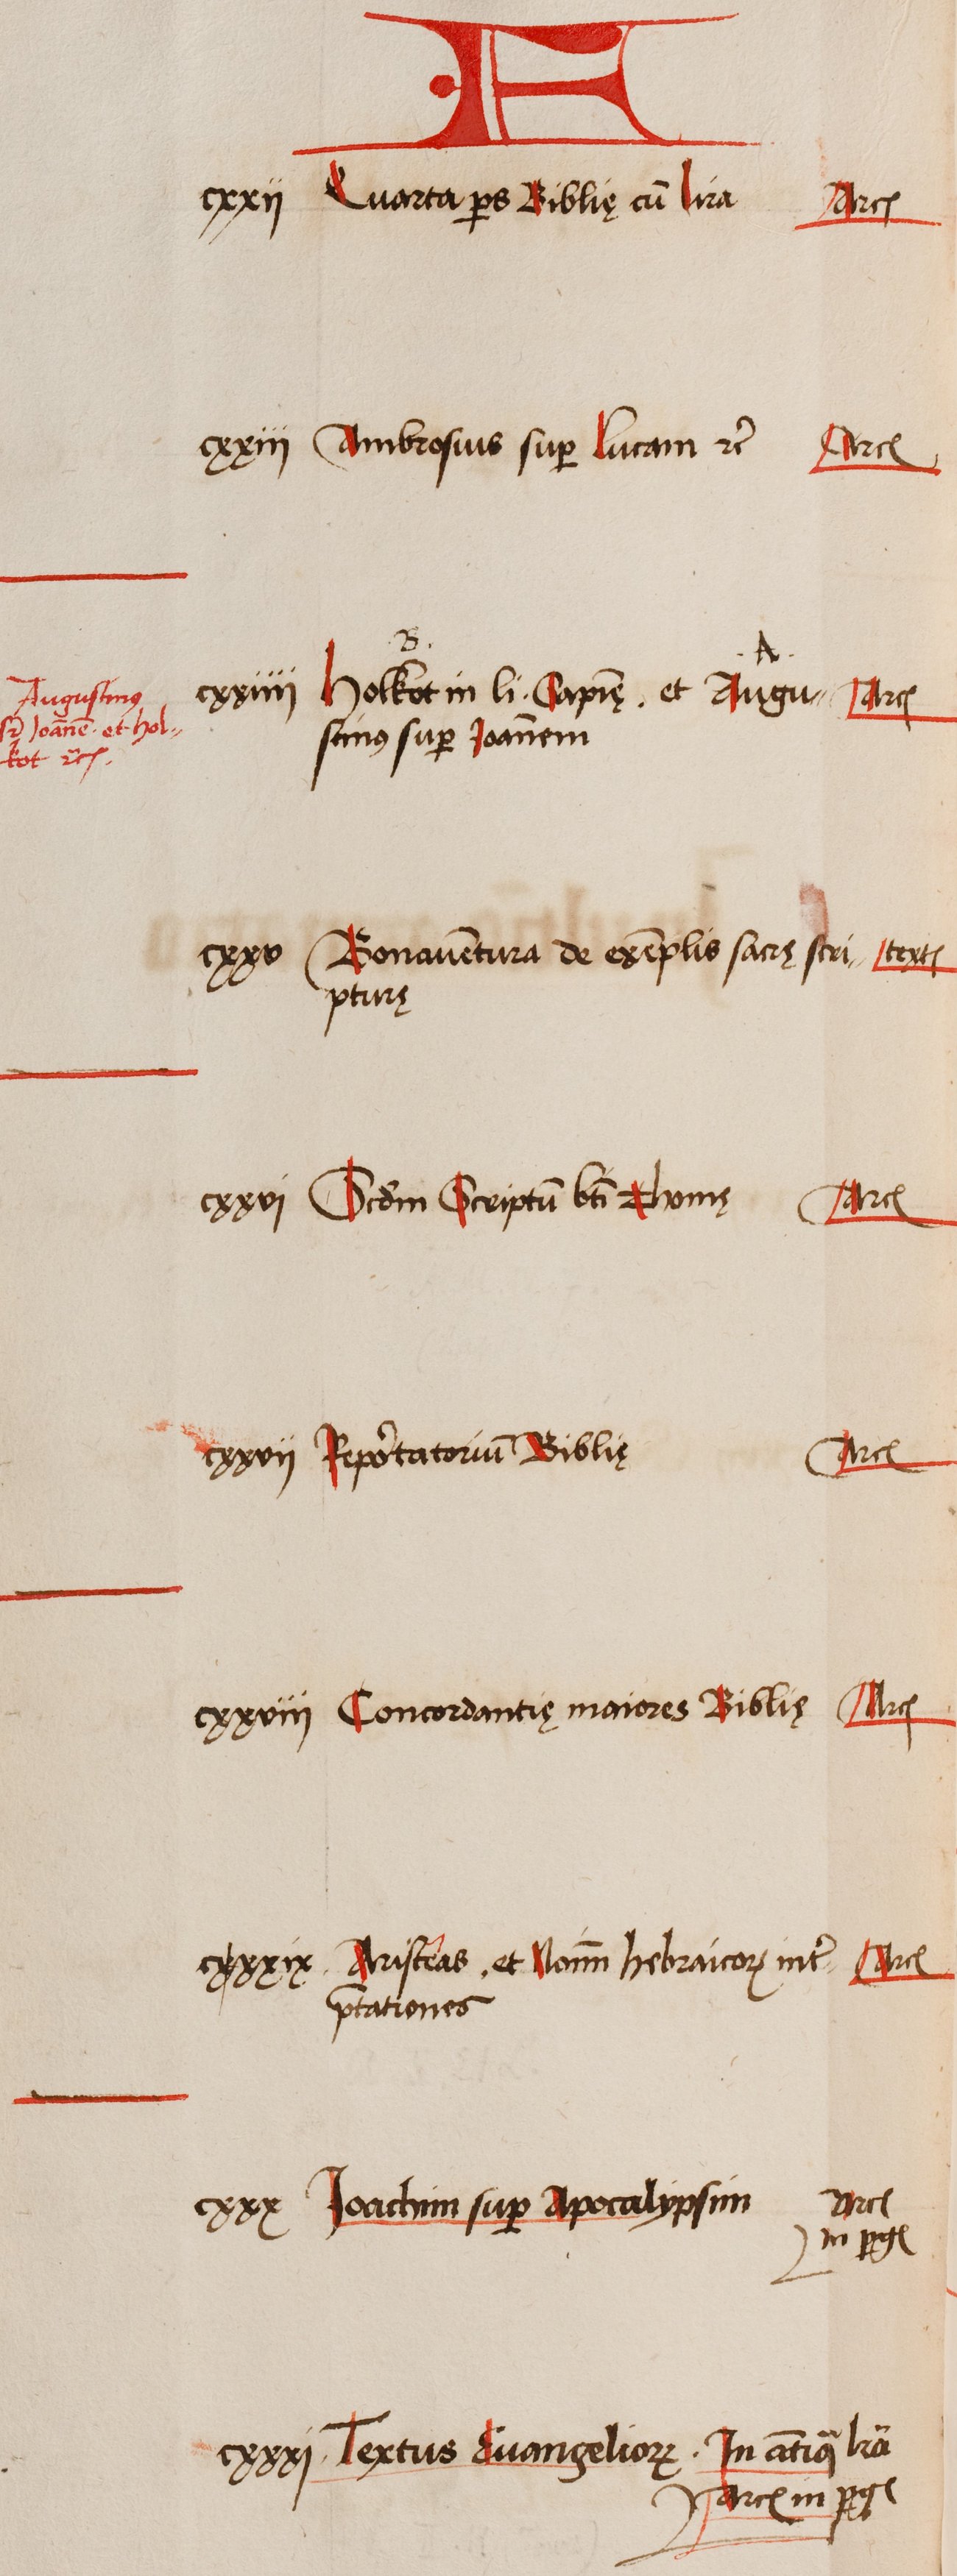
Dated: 1505–1535